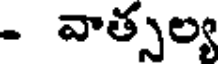
- వాత్సల్య